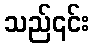
သည်၎င်း